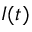
I ( t )